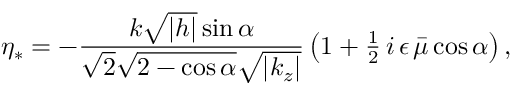
\eta _ { * } = - \frac { k \sqrt { | h | } \sin \alpha } { \sqrt { 2 } \sqrt { 2 - \cos \alpha } \sqrt { \left| k _ { z } \right| } } \left( 1 + { \textstyle \frac { 1 } { 2 } } \, i \, \epsilon \, \bar { \mu } \cos \alpha \right) ,